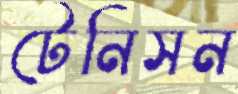
টেনিসন